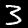
Digit: 3